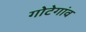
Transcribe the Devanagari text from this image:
गोटेगांव